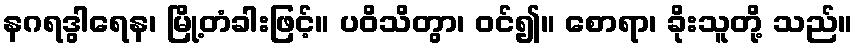
နဂရဒွါရေန၊ မြို့တံခါးဖြင့်။ ပဝိသိတွာ၊ ဝင်၍။ စောရာ၊ ခိုးသူတို့ သည်။